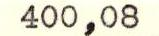
400,08